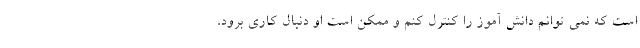
است که نمی توانم دانش آموز را کنترل کنم و ممکن است او دنبال کاری برود،